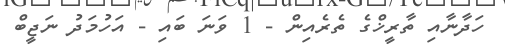
ހަދާނާއި ތާރީޚްގެ ތެރެއިން - 1 ވަނަ ބައި - އަހުމަދު ނަޖީބް